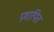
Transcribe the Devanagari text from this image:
प्रथापित